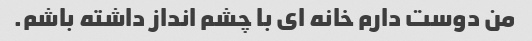
من دوست دارم خانه ای با چشم انداز داشته باشم.